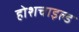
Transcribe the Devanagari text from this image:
होशचाइल्ड